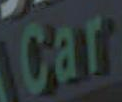
Car